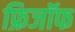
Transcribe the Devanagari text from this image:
फ्रिजॉफ